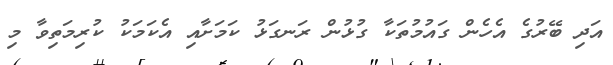
އަދި ބޭރުގެ އެހެން ގައުމުތަކާ ގުޅުން ރަނގަޅު ކަމަށާއި އެކަމަކު ކުރިމަތިވާ މި